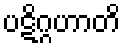
ပဋိဂ္ဂဟာတိ